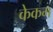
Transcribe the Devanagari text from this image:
केकम